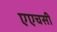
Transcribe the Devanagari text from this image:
एएचसी